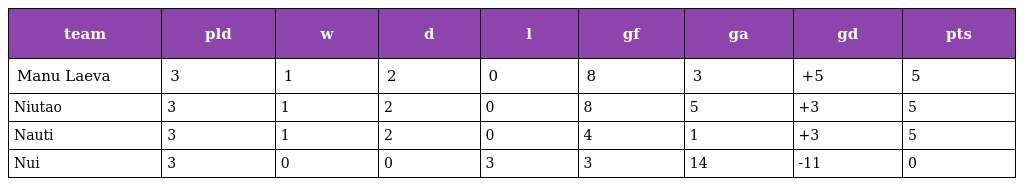
| team | pld | w | d | l | gf | ga | gd | pts |
 | --- | --- | --- | --- | --- | --- | --- | --- | --- |
 | Manu Laeva | 3 | 1 | 2 | 0 | 8 | 3 | +5 | 5 |
 | Niutao | 3 | 1 | 2 | 0 | 8 | 5 | +3 | 5 |
 | Nauti | 3 | 1 | 2 | 0 | 4 | 1 | +3 | 5 |
 | Nui | 3 | 0 | 0 | 3 | 3 | 14 | -11 | 0 |